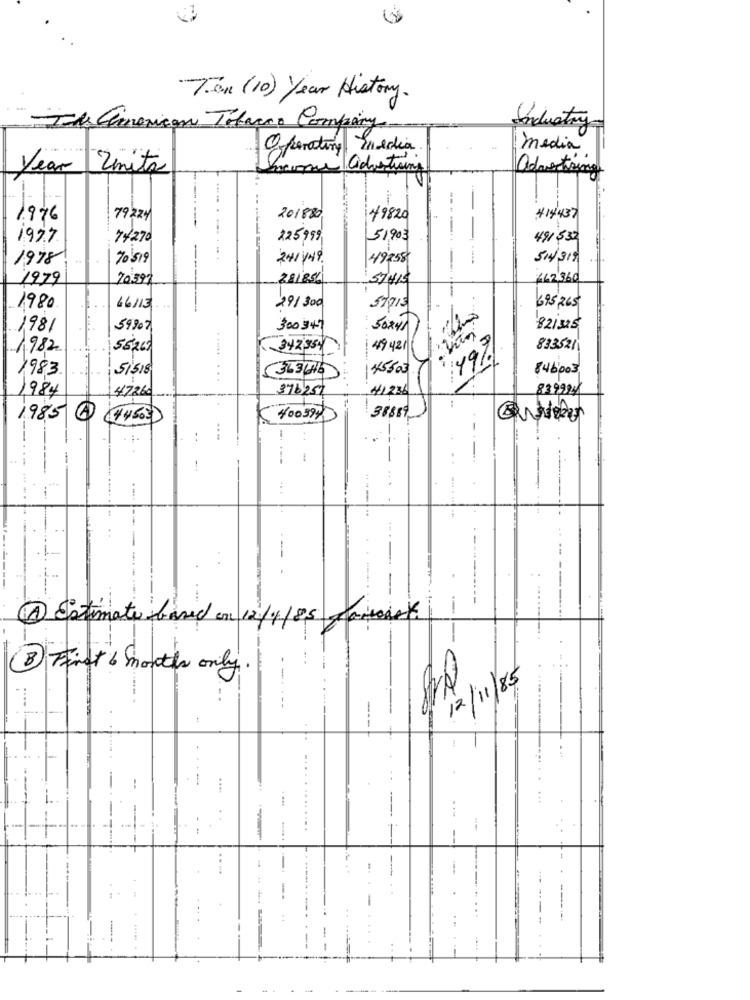
Tan (10) Year History.
Ide american Tobacco Company
Industry-
Operating Inedia
media
advertising
Yean Zimita
1.976
79224
201880
49820
414437
1997
74270
22599
51,903
491 532
1978
70519
241149
49258
- ----
54/319
1979
70397
281856
57415
162,360
1980
46/13
29/ 300
57713
695 ,265
1981
59907
300 345
50241
82/325
1982
56267
49421
83352
49%
1983
51518
. ..... .
45500
846003
363686
1984
47260
376257
41236
839994
38889
1985 @ ( 4 4 503)
400397
:
-
-
-..
--
@ Estimate based on 12/1/8,5 cartons
--
3 First 6 months only .
12/11/85
- -----
----
--
:
......
-
--